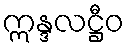
ဣန္ဒလဋ္ဌီဝ